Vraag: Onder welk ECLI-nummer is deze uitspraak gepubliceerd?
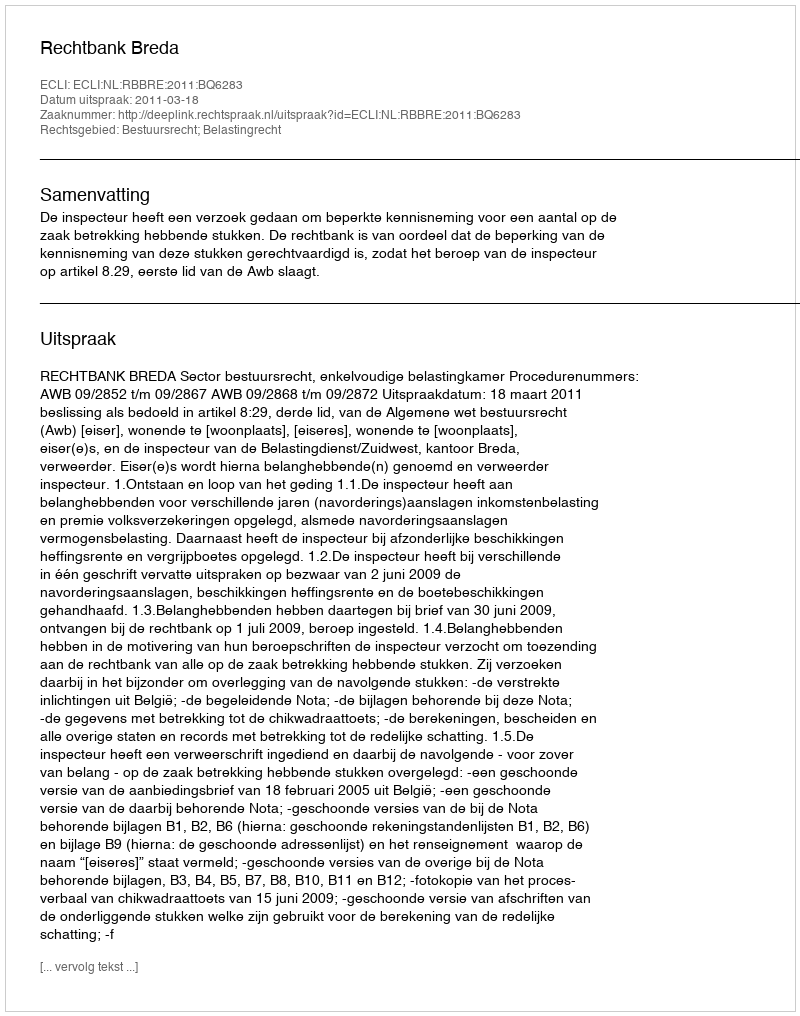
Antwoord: ECLI:NL:RBBRE:2011:BQ6283